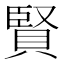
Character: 賢